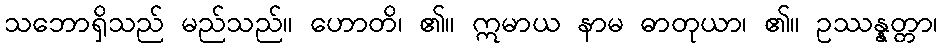
သဘောရှိသည် မည်သည်။ ဟောတိ၊ ၏။ ဣမာယ နာမ ဓာတုယာ၊ ၏။ ဥဿန္နတ္တာ၊